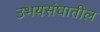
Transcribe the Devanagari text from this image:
उभयसंघातील